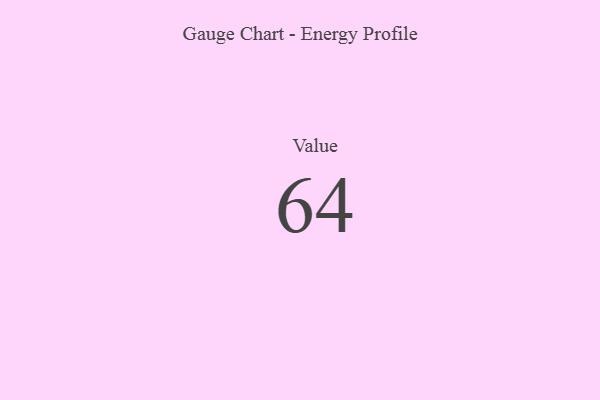
{"axis": {"x": "Metric", "y": "Value"}, "legend": [""], "data": [{"x": "Value", "y": 64, "type": ""}]}